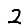
Digit: 2